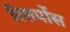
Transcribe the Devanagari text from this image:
रिसपोंस